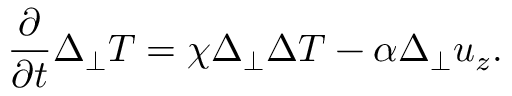
\frac { \partial } { \partial t } \Delta _ { \perp } T = \chi \Delta _ { \perp } \Delta T - \alpha \Delta _ { \perp } u _ { z } .